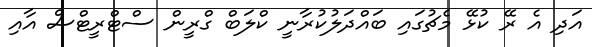
އަދި އެ ރޭ ކުޅޭ މެޗުގައި ބައްދަލުކުރާނީ ކްލަބް ގްރީން ސްޓްރީޓްސް އާއި